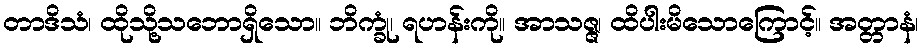
တာဒိသံ၊ ထိုသို့သဘောရှိသော။ ဘိက္ခုံ၊ ရဟန်းကို။ အာသဇ္ဇ၊ ထိပါးမိသောကြောင့်။ အတ္တာနံ၊